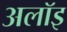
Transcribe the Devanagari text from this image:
अलॉइ